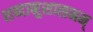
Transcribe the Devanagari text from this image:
शब्दानुशासनम्